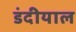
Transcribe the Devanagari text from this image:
डंदीयाल